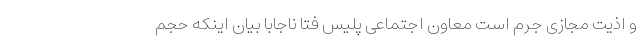
و اذیت مجازی جرم است معاون اجتماعی پلیس فتا ناجابا بیان اینکه حجم